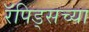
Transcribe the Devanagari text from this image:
रॅपिड्सच्या